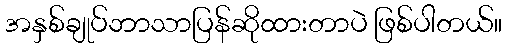
အနှစ်ချုပ်ဘာသာပြန်ဆိုထားတာပဲ ဖြစ်ပါတယ်။